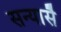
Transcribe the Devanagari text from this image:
सन्यासै